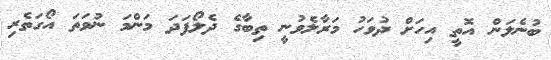
ބުނެލަން އޮތީ އިހަށް ދުވަހު މަރާލެވުނީ ތިބާގެ ދެލޯފަދަ މަންމަ ނުވަތަ އޯގަތެރި